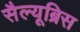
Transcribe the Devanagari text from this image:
सैल्यूब्रिस